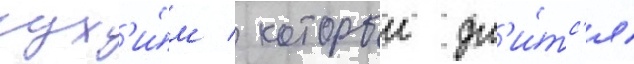
сух'и́м / которыи дл'и́тс'я